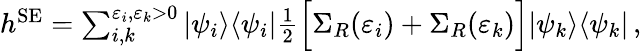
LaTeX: \begin{array}{r}{h^{\mathrm{SE}}=\sum_{i,k}^{\varepsilon_{i},\varepsilon_{k}>0}|\psi_{i}\rangle\langle\psi_{i}|\frac{1}{2}\Big[\Sigma_{R}(\varepsilon_{i})+\Sigma_{R}(\varepsilon_{k})\Big]|\psi_{k}\rangle\langle\psi_{k}|\, ,}\end{array}